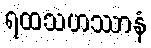
ရထသဟဿာနံ